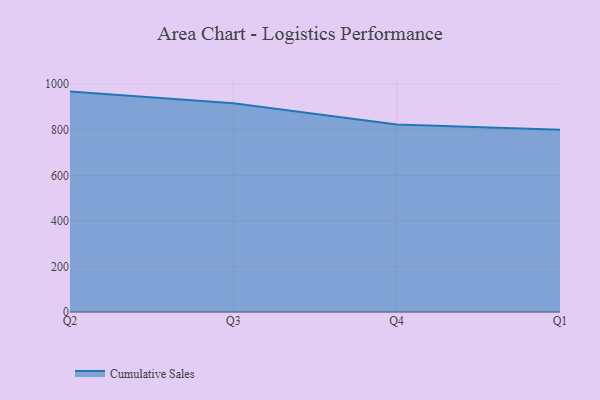
{"axis": {"x": "Quarter", "y": "Operating Costs (USD K)"}, "legend": ["Cumulative Sales"], "data": [{"x": "Q2", "y": 967.8, "type": "Cumulative Sales"}, {"x": "Q3", "y": 916.9, "type": "Cumulative Sales"}, {"x": "Q4", "y": 823.6, "type": "Cumulative Sales"}, {"x": "Q1", "y": 800, "type": "Cumulative Sales"}]}